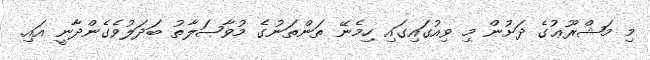
މި މަޝްރޫޢުގެ ދަށުން މި ވިއުގައިގައި ހިމެނޭ ތަންތަނުގެ މުވާޞަލާތު ބަދަލުވެގެންދާނީ އައި.